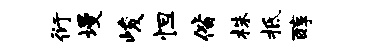
衍墁峻怛偕株柢醇